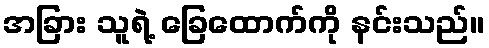
အခြား သူရဲ့ ခြေထောက်ကို နင်းသည်။